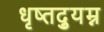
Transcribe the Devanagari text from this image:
धृष्तद्युम्न